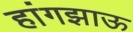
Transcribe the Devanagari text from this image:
हांगझाऊ